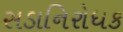
સડાનિરોધક